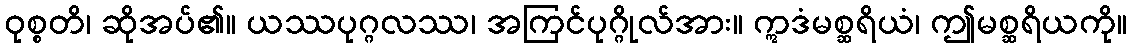
ဝုစ္စတိ၊ ဆိုအပ်၏။ ယဿပုဂ္ဂလဿ၊ အကြင်ပုဂ္ဂိုလ်အား။ ဣဒံမစ္ဆရိယံ၊ ဤမစ္ဆရိယကို။